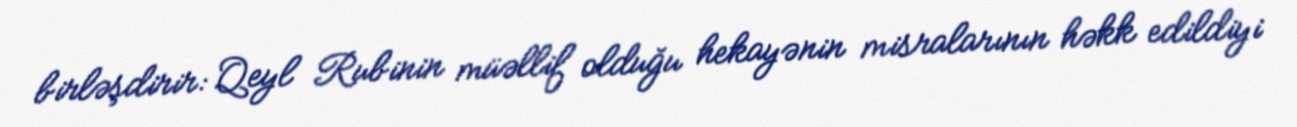
birləşdirir: Qeyl Rubinin müəllif olduğu hekayənin misralarının həkk edildiyi